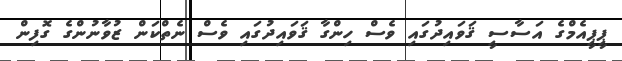
ޕީޕީއެމްގެ އަސާސީ ޤަވައިދުގައި ވެސް ހިންގާ ޤަވައިދުގައި ވެސް ނެތްކަން ޒުވާނުންގެ ގޮފިން